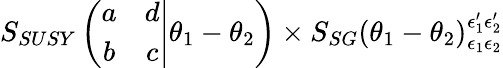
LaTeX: S_{SUSY}\left(\left.\begin{array}{cc}{{a}}&{{d}}\\ {{b}}&{{c}}\end{array}\right|\theta_{1}-\theta_{2}\right)\times S_{SG}\left(\theta_{1}-\theta_{2}\right)_{\epsilon_{1}\epsilon_{2}}^{\epsilon_{1}^{\prime}\epsilon_{2}^{\prime}}